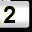
Digit: 2